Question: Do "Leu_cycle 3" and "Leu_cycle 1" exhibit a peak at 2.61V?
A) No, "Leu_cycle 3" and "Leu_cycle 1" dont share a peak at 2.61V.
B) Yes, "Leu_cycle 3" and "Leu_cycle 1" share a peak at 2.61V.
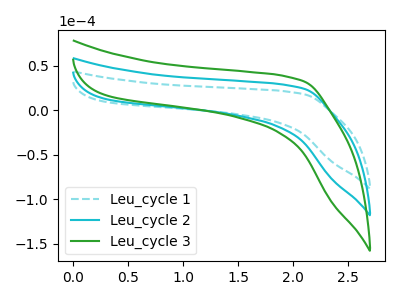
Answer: <think>The cyan dashed curve "Leu_cycle 1" has no peaks. The cyan curve "Leu_cycle 2" has no peaks. The green curve "Leu_cycle 3" has no peaks.</think>
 <answer>A) No, "Leu_cycle 3" and "Leu_cycle 1" dont share a peak at 2.61V.</answer>
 <eval>A</eval>